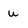
Character: u